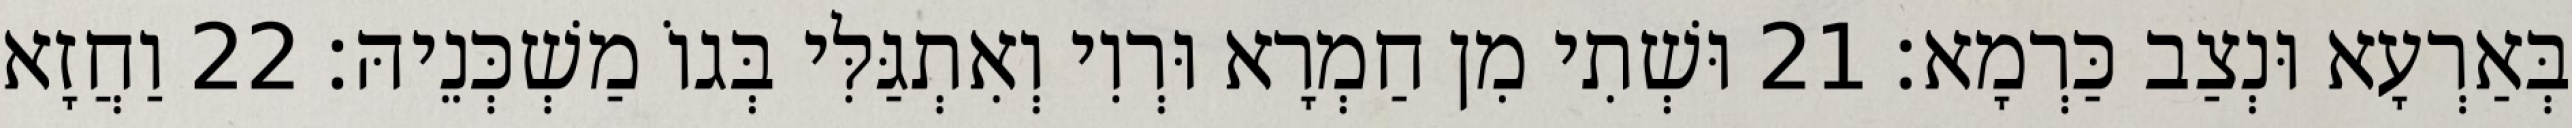
בְּאַרְעָא וּנְצַב כַּרְמָא׃ 21 וּשְׁתִי מִן חַמְרָא וּרְוִי וְאִתְגַּלִּי בְּגוֹ מַשְׁכְּנֵיהּ׃ 22 וַחֲזָא